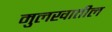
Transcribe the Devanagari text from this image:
मुलखातील